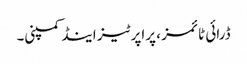
ڈرائی ٹائمز ، پراپرٹیز اینڈ کمپنی۔